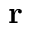
\mathbf { r }